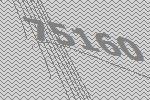
75160